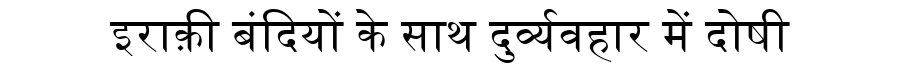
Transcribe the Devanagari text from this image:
इराक़ी बंदियों के साथ दुर्व्यवहार में दोषी